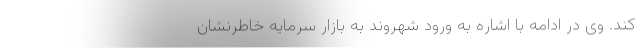
کند. وی در ادامه با اشاره به ورود شهروند به بازار سرمایه خاطرنشان